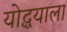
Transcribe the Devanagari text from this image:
योद्धयाला